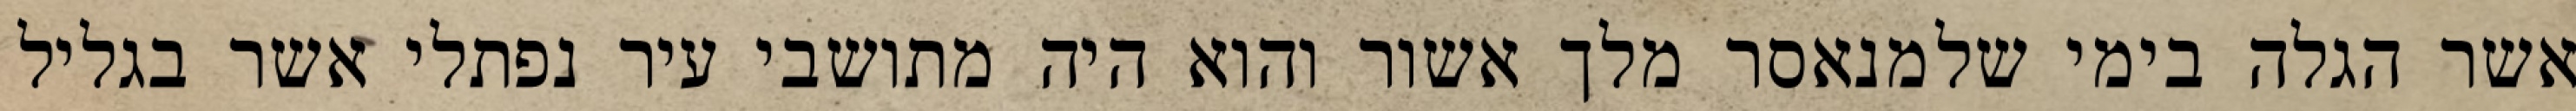
אשר הגלה בימי שלמנאסר מלך אשור והוא היה מתושבי עיר נפתלי אשר בגליל